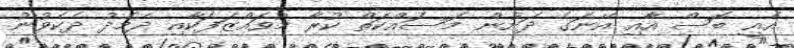
އެއީ ބޮސް އާއި އޭނަގެ ދަށުން މަސައްކަތް ކުރާ މުވައްޒަފަކާއި ދެމެދު ދެކެވުނު